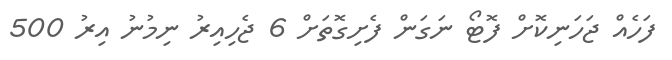
ފަހެއް ޖަހަނިކޮށް ފޮޓޯ ނަގަން ފެށިގޮތަށް 6 ޖެހިއިރު ނިމުނު އިރު 500